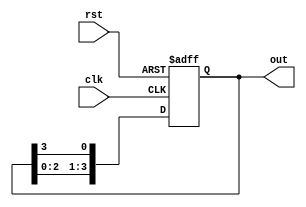
module ring_counter #(parameter N = 4) (
    input wire clk,      // Clock input
    input wire rst,      // Reset input
    output reg [N-1:0] out // Output of the ring counter
);

// State definition
always @(posedge clk or posedge rst) begin
    if (rst) begin
        // Initialize the counter to a known state (single '1' at MSB, others '0')
        out <= (1 << (N - 1)); // Start the counter with '1000' for N = 4
    end else begin
        // Shift the '1' to the left, and wrap it around
        out <= {out[N-2:0], out[N-1]};
    end
end

endmodule